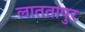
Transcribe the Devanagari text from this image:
लाततापुर